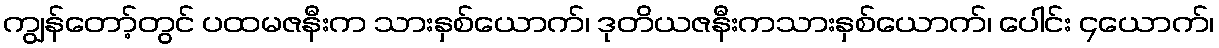
ကျွန်တော့်တွင် ပထမဇနီးက သားနှစ်ယောက်၊ ဒုတိယဇနီးကသားနှစ်ယောက်၊ ပေါင်း ၄ယောက်၊